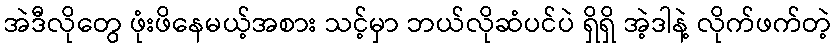
အဲဒီလိုတွေ ဖုံးဖိနေမယ့်အစား သင့်မှာ ဘယ်လိုဆံပင်ပဲ ရှိရှိ အဲ့ဒါနဲ့ လိုက်ဖက်တဲ့